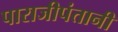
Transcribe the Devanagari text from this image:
पाराजीपंतानी